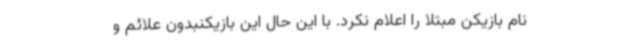
نام بازیکن مبتلا را اعلام نکرد. با این حال این بازیکنبدون علائم و